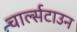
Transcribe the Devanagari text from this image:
चार्ल्सटाउन